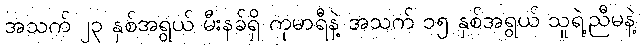
အသက် ၂၃ နှစ်အရွယ် မီးနခ်ရှိ ကုမာရီနဲ့ အသက် ၁၅ နှစ်အရွယ် သူရဲ့ညီမနဲ့